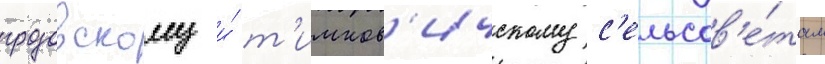
грозовскому и́ т'имков'ичскому с'ельсов'е́там